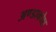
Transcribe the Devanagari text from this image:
अण्डाकोश